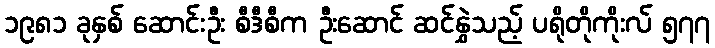
၁၉၈၁ ခုနှစ် ဆောင်းဦး စီဒီစီက ဦးဆောင် ဆင်နွှဲသည့် ပရိုတိုကိုးလ် ၅၇၇